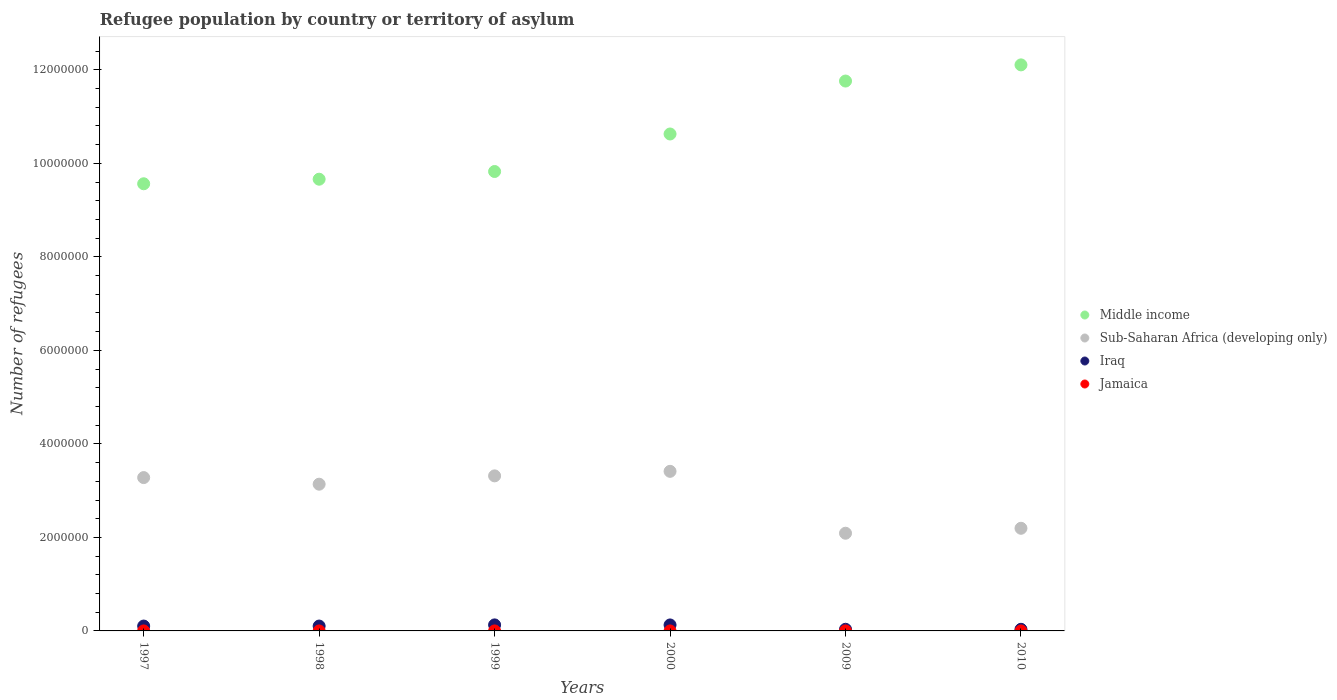
| Years | Middle income | Sub-Saharan Africa (developing only) | Iraq | Jamaica |
 | --- | --- | --- | --- | --- |
 | 1997 | 9.56e+06 | 3.28e+06 | 1.04e+05 | 33 |
 | 1998 | 9.66e+06 | 3.14e+06 | 1.04e+05 | 37 |
 | 1999 | 9.83e+06 | 3.32e+06 | 1.29e+05 | 37 |
 | 2000 | 1.06e+07 | 3.41e+06 | 1.28e+05 | 38 |
 | 2009 | 1.18e+07 | 2.09e+06 | 3.52e+04 | 26 |
 | 2010 | 1.21e+07 | 2.2e+06 | 3.47e+04 | 21 |